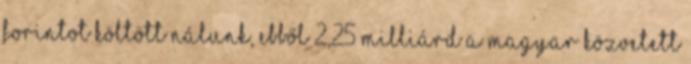
forintot költött nálunk, ebből 2,25 milliárd a magyar közvetett